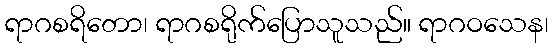
ရာဂစရိတော၊ ရာဂစရိုက်ပြောသူသည်။ ရာဂဝသေန၊